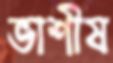
ভাশীষ